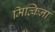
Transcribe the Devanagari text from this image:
मित्किना